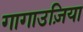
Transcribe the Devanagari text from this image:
गागाउज़िया